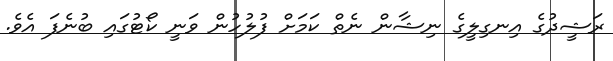
ރަޝީދުގެ އިނގިލީގެ ނިޝާން ނެތް ކަމަށް ފުލުހުން ވަނީ ކޯޓުގައި ބުނެފަ އެވެ.